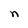
Character: n